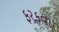
ફરકવા